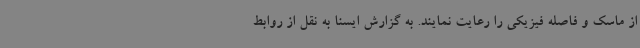
از ماسک و فاصله فیزیکی را رعایت نمایند. به گزارش ایسنا به نقل از روابط